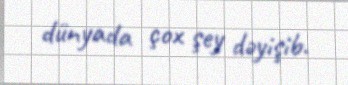
dünyada çox şey dəyişib.